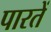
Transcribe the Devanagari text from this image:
पारतें